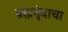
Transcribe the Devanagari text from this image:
ब्रह्मवृंदाचा